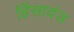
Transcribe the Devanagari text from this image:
हिंसादंड